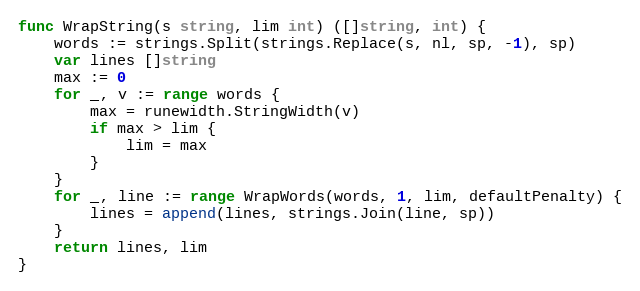
Language: Go
func WrapString(s string, lim int) ([]string, int) {
	words := strings.Split(strings.Replace(s, nl, sp, -1), sp)
	var lines []string
	max := 0
	for _, v := range words {
		max = runewidth.StringWidth(v)
		if max > lim {
			lim = max
		}
	}
	for _, line := range WrapWords(words, 1, lim, defaultPenalty) {
		lines = append(lines, strings.Join(line, sp))
	}
	return lines, lim
}